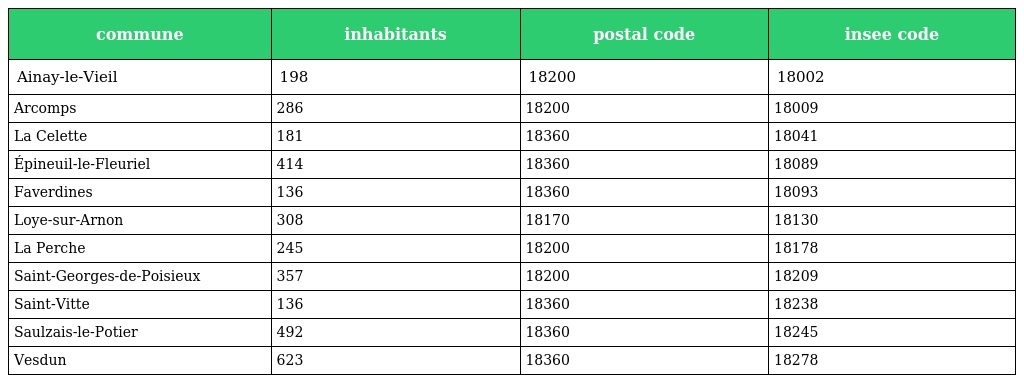
| commune | inhabitants | postal code | insee code |
 | --- | --- | --- | --- |
 | Ainay-le-Vieil | 198 | 18200 | 18002 |
 | Arcomps | 286 | 18200 | 18009 |
 | La Celette | 181 | 18360 | 18041 |
 | Épineuil-le-Fleuriel | 414 | 18360 | 18089 |
 | Faverdines | 136 | 18360 | 18093 |
 | Loye-sur-Arnon | 308 | 18170 | 18130 |
 | La Perche | 245 | 18200 | 18178 |
 | Saint-Georges-de-Poisieux | 357 | 18200 | 18209 |
 | Saint-Vitte | 136 | 18360 | 18238 |
 | Saulzais-le-Potier | 492 | 18360 | 18245 |
 | Vesdun | 623 | 18360 | 18278 |